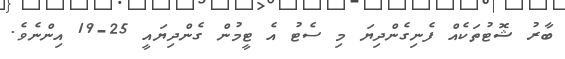
ބާރު ޝޮޓުތަކެއް ފެނިގެންދިޔަ މި ސެޓު އެ ޓީމުން ގެންދިޔައީ 25-19 އިންނެވެ.